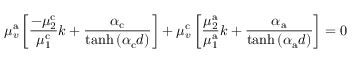
\mu _ { v } ^ { \mathrm { a } } \left[ \frac { - \mu _ { 2 } ^ { \mathrm { c } } } { \mu _ { 1 } ^ { \mathrm { c } } } k + \frac { \alpha _ { \mathrm { c } } } { \operatorname { t a n h } \left( \alpha _ { \mathrm { c } } d \right) } \right] + \mu _ { v } ^ { \mathrm { c } } \left[ \frac { \mu _ { 2 } ^ { \mathrm { a } } } { \mu _ { 1 } ^ { \mathrm { a } } } k + \frac { \alpha _ { \mathrm { a } } } { \operatorname { t a n h } \left( \alpha _ { \mathrm { a } } d \right) } \right] = 0